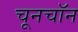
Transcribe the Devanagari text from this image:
चूनचॉन